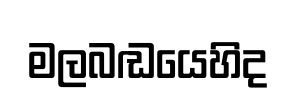
මලබඬයෙහිද